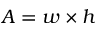
A = w \times h